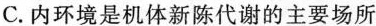
C.内环境是机体新陈代谢的主要场所